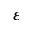
\varepsilon